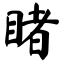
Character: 睹